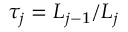
\tau _ { j } = L _ { j - 1 } / L _ { j }